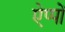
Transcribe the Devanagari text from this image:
ऐप्पों